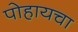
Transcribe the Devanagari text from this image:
पोहायचा